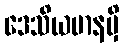
ဒေသိယမာနမှိ